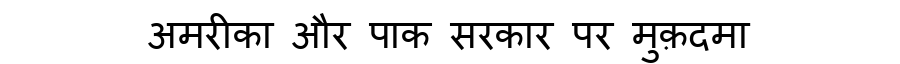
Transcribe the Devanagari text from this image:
अमरीका और पाक सरकार पर मुक़दमा